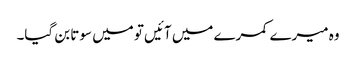
وہ میرے کمرے میں آئیں تو میں سوتا بن گیا۔